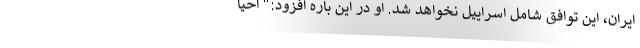
ایران، این توافق شامل اسراییل نخواهد شد. او در این باره افزود:" احیا